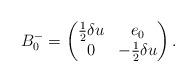
LaTeX: \begin{gather*}B_0^-=\begin{pmatrix}\tfrac{1}{2}\delta u & e_0 \\ 0 & -\tfrac{1}{2}\delta u \end{pmatrix}.\end{gather*}